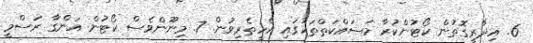
6. އިދާރީގޮތުން ކޯޓުންކުރާ މަސައްކަތްތަކުގައި އެހީތެރިވުން. 7. މިނޫންވެސް ކޯޓުން އަންގާ ރަސްމީ